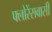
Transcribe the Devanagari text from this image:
फ्लोरेंसवासी